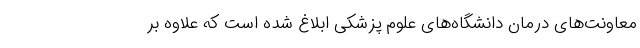
معاونت‌های درمان دانشگاه‌های علوم پزشکی ابلاغ شده است که علاوه بر